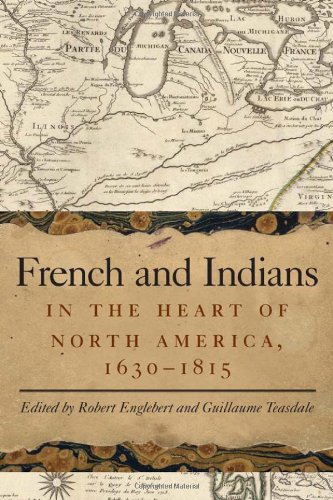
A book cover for French and Indians in the Heart of North America, 1630-1815; History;